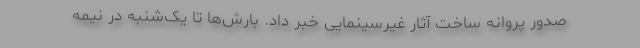
صدور پروانه ساخت آثار غیرسینمایی خبر داد. بارش‌ها تا یک‌شنبه در نیمه